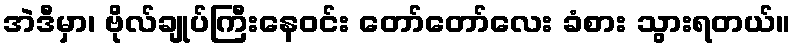
အဲဒီမှာ၊ ဗိုလ်ချုပ်ကြီးနေဝင်း တော်တော်လေး ခံစား သွားရတယ်။